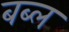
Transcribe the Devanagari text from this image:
बब्ल